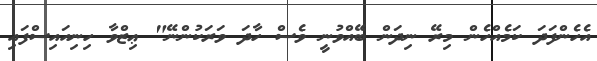
އެހެންފަދަ ކަމެއްހެން މިރޭ ނިދަން ބޭއްވުނީ ވެސް ހާދަ ވަރަކުންނޭ" ޢިޒްވާ ހިނިއައިސްފައި